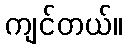
ကျင်တယ်။